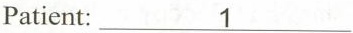
Patient:\underline{1}